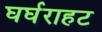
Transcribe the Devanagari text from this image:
घर्घराहट